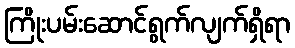
ကြိုးပမ်းဆောင်ရွက်လျက်ရှိရာ